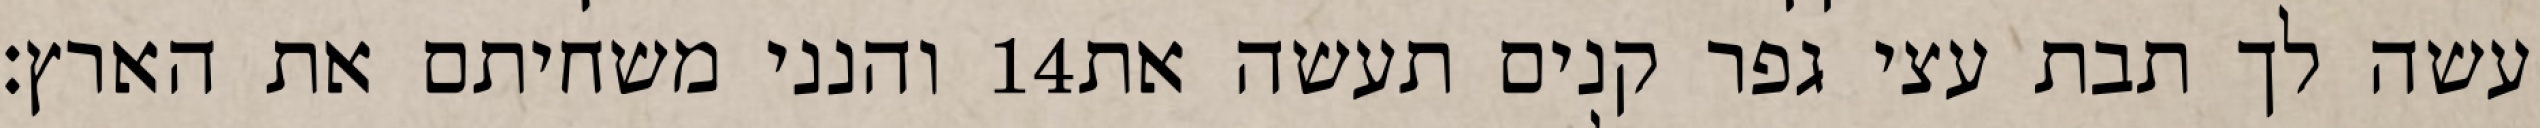
והנני משחיתם את הארץ׃ ‎14‏ עשה לך תבת עצי גפר קנים תעשה את